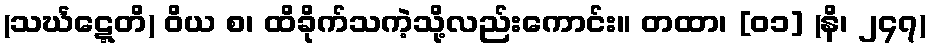
(သင်္ဃဋ္ဋေတိ) ဝိယ စ၊ ထိခိုက်သကဲ့သို့လည်းကောင်း။ တထာ၊ [၀၁] (နိ၊ ၂၄၇)